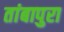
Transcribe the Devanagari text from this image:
तांबापुरा